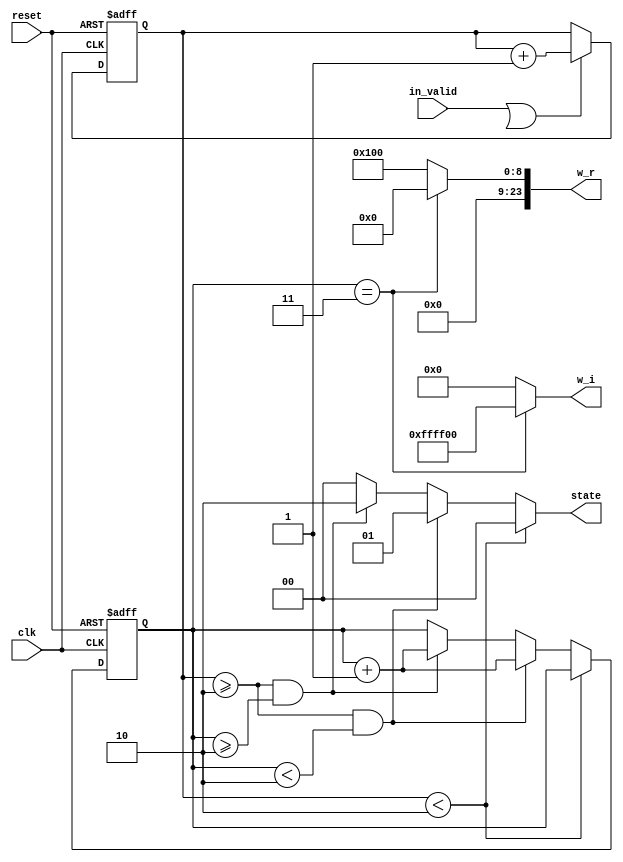
// This program was cloned from: https://github.com/abdelazeem201/Design-and-ASIC-Implementation-of-32-Point-FFT-Processor
// License: MIT License

// --------------------------------------------------------------------
// >>>>>>>>>>>>>>>>>>>>>>>>> COPYRIGHT NOTICE <<<<<<<<<<<<<<<<<<<<<<<<<
// --------------------------------------------------------------------
// Github: https://github.com/abdelazeem201
// Description: ROM_2 module
// Dependencies: 
// Since: 2021-12-20 05:06:05
// ********************************************************************
// Module Function
module ROM_2(
		input wire clk,
		input wire in_valid,
		input wire reset,
		output reg [23:0] w_r,
		output reg [23:0] w_i,
		output reg[1:0] state
	);

	reg valid,next_valid;
	reg [5:0] count,next_count;
	reg [1:0] s_count,next_s_count;

	always@(posedge clk or posedge reset)begin
		if(reset)begin
			count <= 0;
			s_count <= 0;
		end
		else begin
			count <= next_count;
			s_count <= next_s_count;
		end
	end
	
		always @(*) begin
		state = 2'd0;
		if(in_valid || valid)
		begin 
			next_count = count + 1;
			next_s_count = s_count;
		end
		else begin
			next_count = count;
			next_s_count = s_count;  
		end

		if (count<6'd2) 
			state = 2'd0;
		else if (count >= 6'd2 && s_count < 2'd2)begin
			state = 2'd1;
			next_s_count = s_count + 1;
		end else if (count >= 6'd2 && s_count >= 2'd2)begin
			state = 2'd2;
			next_s_count = s_count + 1;
		end
		case(s_count)
		2'd2: begin
			w_r = 24'b 00000000_00000001_00000000;
			w_i = 24'b 00000000_00000000_00000000;
			end
		2'd3: begin
			w_r = 24'b 00000000_00000000_00000000;
			w_i = 24'b 11111111_11111111_00000000;
			end
		default: begin
			w_r = 24'b 00000000_00000001_00000000;
			w_i = 24'b 00000000_00000000_00000000;
			end
		endcase
	end
endmodule